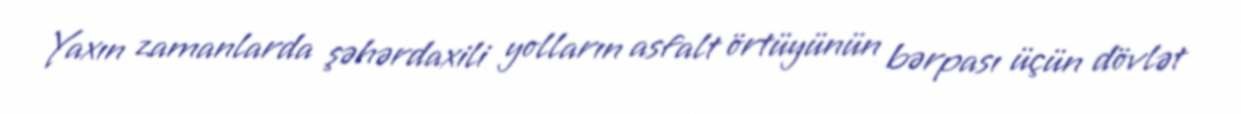
Yaxın zamanlarda şəhərdaxili yolların asfalt örtüyünün bərpası üçün dövlət